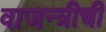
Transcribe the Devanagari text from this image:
वाजन्त्रीची